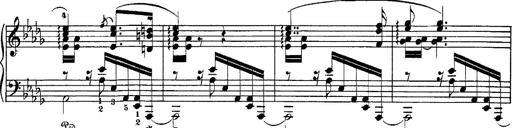
Title: Hungarian Rhapsody No.1
Composer: Franz Liszt
Key: C-sharp minor